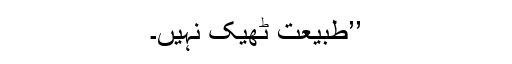
’’طبیعت ٹھیک نہیں۔